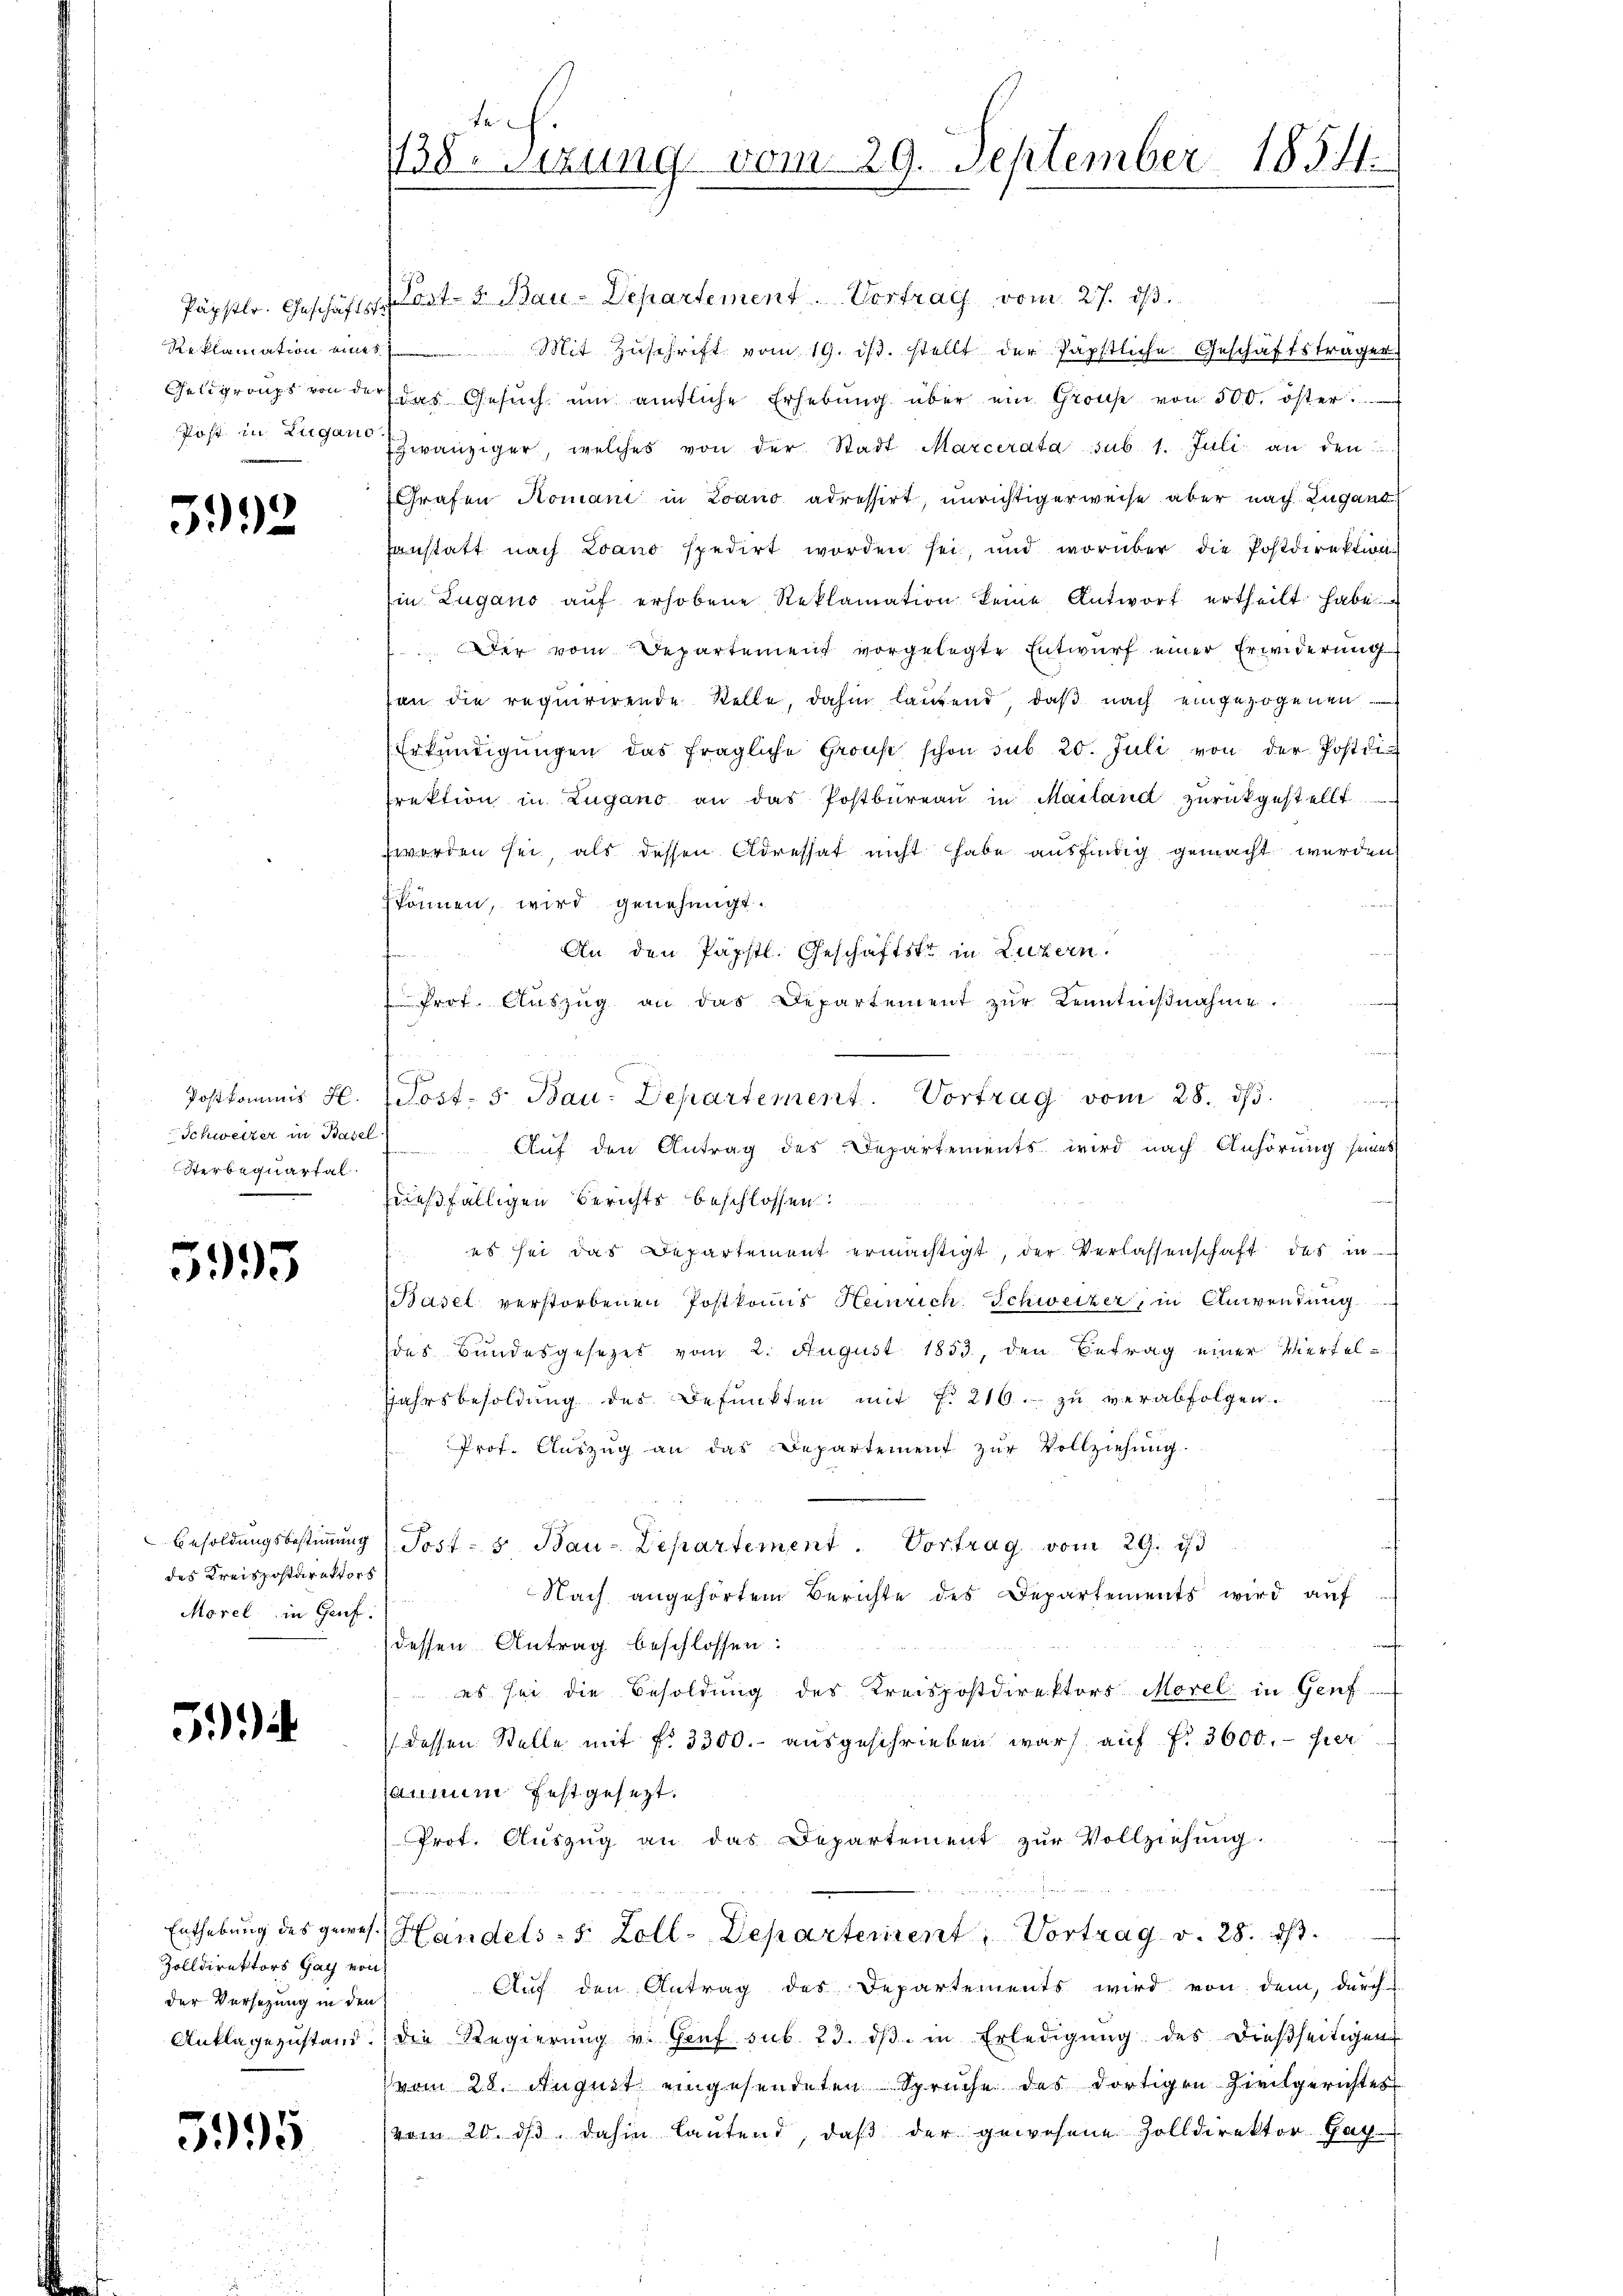
Päpstlr. Geschäftste
Reklamation eines
Gelgroupt von der
Post in Zugano

5992

Postkommis H.
Schweizer in Basel
Sterbequartal

5995

Besoldungsbestimmung
des Kreispostdirektors
Morel in Genf.

5.)

Zolldirektors Gay von
der Versezung in den

5995

lech.
1138. Setzung vom 29. September 1854.

(Post- 3. Bau-Departement. Vortrag vom 27. dβ.
Mit Zuschrift vom 19. ds. stellt der Papstliche Geschäftstragen
das Gesŭch ŭm amtliche Erhebŭng über ein Grosse von 500. öster.
zwanziger, welches von der Stadt Marcerata sub. 1. Juli an den
Grafen Romani in Loano adressirt, unrichtigerweise aber nach Lugant
Ernstatt nach Loano spedirt worden sei, und worüber die Postdirektion
Ein Zugano aŭf erhobene Reklamation keine Antwort ertheilt habe
Der vom Departement vorgelegte Entwurf einer Erwiderung
an die requirirende Stelle, dahin laufend, daß nach eingezogenen
Erkundigŭngen das fragliche Gronst schon sub 20. Juli von der Postdirektion in Lugano an das Postbüreaŭ in Mailand zŭrückgestellt
worden sei, als dessen Adressat nicht habe ausfindig gemacht werden
können, wird genehmigt.
An den Päpstl. Geschäftste in Luzern.
fe
Prot. Aŭszŭg an das Departement zŭr Kenntniβnahme.
Auf den Antrag des Departements wird nach Anhörung seines
i
dießfälligen Berichts beschlossen:
es sei das Departement ermächtigt, der Verlassenschaft des in
Basel verstorbenen Postkomis Heinrich Schweizer, in Anwendung
des Bundesgesetzes vom 2. August 1853, den Betrag einer Verfel¬
Jahrsbesoldŭng des Befunkten mit 7. 216. zŭ verabfolgen.
Prof. Auszug an das Departement zur Vollziehung.
Post- u. Bau-Departement. Vortrag vom 29. ist
Nach angehörtem Berichte des Departements wird auf
dessen Antrag beschlossen:
 es sei die Besoldung des Kreispostdirektors Morel in Genf
dessen Stelle mit fr. 3300. ausgeschrieben war auf fr. 3000.- Hier
aumen festgesezt.
Prot. Aŭszŭg an das Departement zŭr Vollziehŭng.
Enthebung des geres Handels- 5 Zoll-Departement, Vortrag v. 28. dβ.
Auf den Antrag des Departements wird von dem, durch
Anklagezustand die Regierŭng v. Genf sub. 23. dβ in Erledigŭng des dießseitigen
vom 28. August eingesendeten Spruche des dortigen Zivilgerichtes
(vom 20. ds. dahin lautend, daβ der gewesene Zolldirektor Gat

Post- 5. Bau-Departement. Vortrag vom 28. ds.